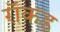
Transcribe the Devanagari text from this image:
रॉकड